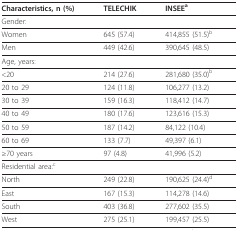
<table><thead><tr><td><b>Characteristics, n (%)</b></td><td><b>TELECHIK</b></td><td><b>INSEE<sup>a</sup></b></td></tr></thead><tbody><tr><td>Gender:</td><td></td><td></td></tr><tr><td>Women</td><td>645 (57.4)</td><td>414,855 (51.5)<sup>b</sup></td></tr><tr><td>Men</td><td>449 (42.6)</td><td>390,645 (48.5)</td></tr><tr><td>Age, years:</td><td></td><td></td></tr><tr><td>&lt;20</td><td>214 (27.6)</td><td>281,680 (35.0)<sup>b</sup></td></tr><tr><td>20 to 29</td><td>124 (11.8)</td><td>106,277 (13.2)</td></tr><tr><td>30 to 39</td><td>159 (16.3)</td><td>118,412 (14.7)</td></tr><tr><td>40 to 49</td><td>180 (17.6)</td><td>123,616 (15.3)</td></tr><tr><td>50 to 59</td><td>187 (14.2)</td><td>84,122 (10.4)</td></tr><tr><td>60 to 69</td><td>133 (7.7)</td><td>49,397 (6.1)</td></tr><tr><td>≥70 years</td><td>97 (4.8)</td><td>41,996 (5.2)</td></tr><tr><td>Residential area:<sup>c</sup></td><td></td><td></td></tr><tr><td>North</td><td>249 (22.8)</td><td>190,625 (24.4)<sup>d</sup></td></tr><tr><td>East</td><td>167 (15.3)</td><td>114,278 (14.6)</td></tr><tr><td>South</td><td>403 (36.8)</td><td>277,602 (35.5)</td></tr><tr><td>West</td><td>275 (25.1)</td><td>199,457 (25.5)</td></tr></tbody></table>